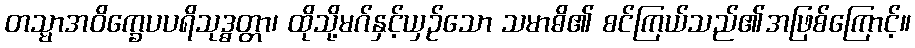
တသ္မာအဝိက္ခေပပရိသုဒ္ဓတ္တာ၊ ထိုသို့မဂ်နှင့်ယှဉ်သော သမာဓိ၏ စင်ကြယ်သည်၏အဖြစ်ကြောင့်။